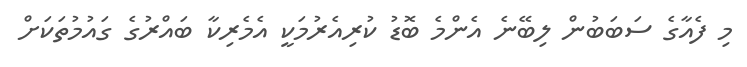
މި ފެއާގެ ސަބަބުން ލިބޭނެ އެންމެ ބޮޑު ކުރިއެރުމަކީ އެމެރިކާ ބައްރުގެ ގައުމުތަކަށް